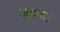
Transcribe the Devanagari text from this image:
जुटना।